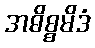
အဓိစ္စမိဒံ